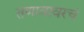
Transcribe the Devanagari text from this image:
तणावावरचं